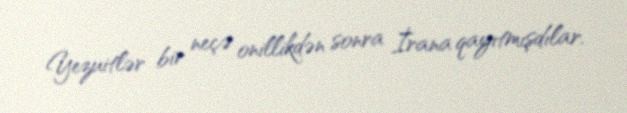
Yezuitlər bir neçə onillikdən sonra İrana qayıtmışdılar.